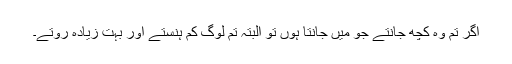
اگر تم وہ کچھ جانتے جو میں جانتا ہوں تو البتہ تم لوگ کم ہنستے اور بہت زیادہ روتے۔